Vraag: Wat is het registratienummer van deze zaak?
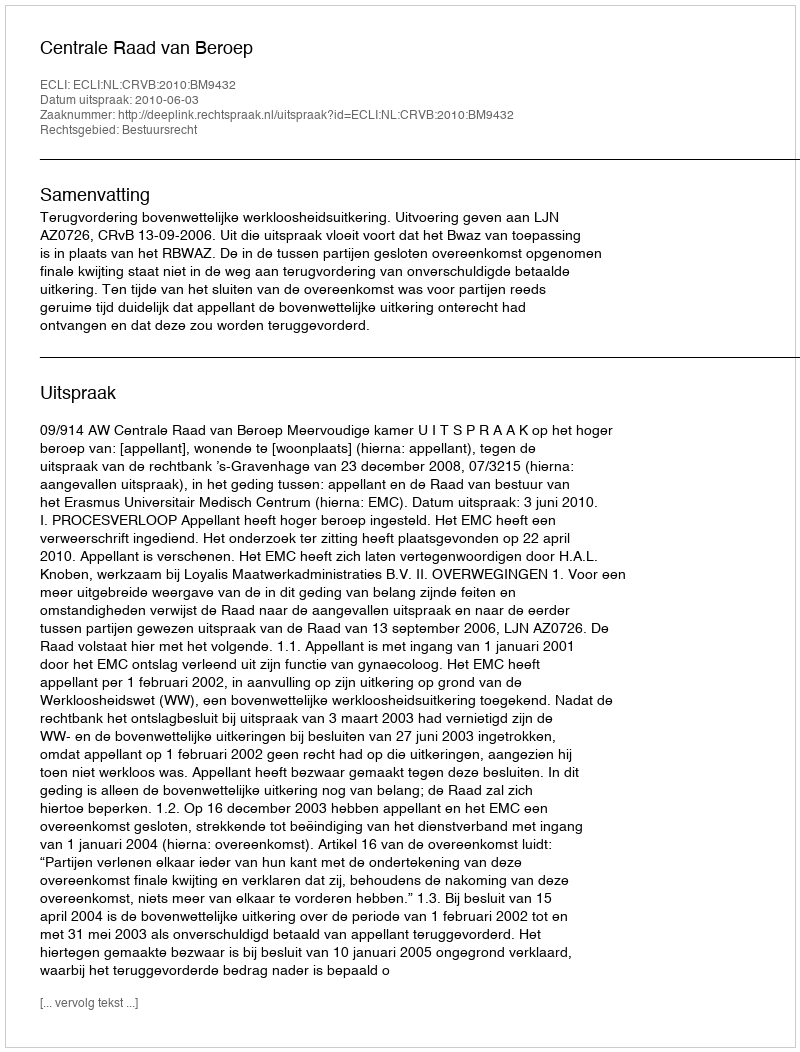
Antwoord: http://deeplink.rechtspraak.nl/uitspraak?id=ECLI:NL:CRVB:2010:BM9432